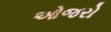
ઓજરો